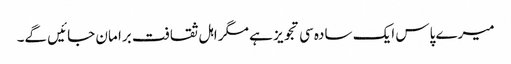
میرے پاس ایک سادہ سی تجویز ہے مگر اہل ثقافت برا مان جائیں گے۔